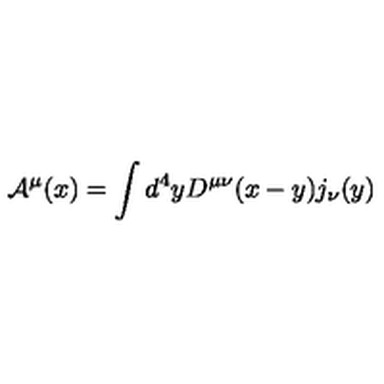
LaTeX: { \cal A } ^ { \mu } ( x ) = \int d ^ { 4 } y D ^ { \mu \nu } ( x - y ) j _ { \nu } ( y )